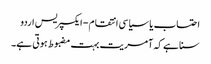
احتساب یا سیاسی انتقام - ایکسپریس اردو
سنا ہے کہ آمریت بہت مضبوط ہوتی ہے۔